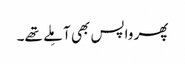
پھر واپس بھی آ مِلے تھے۔